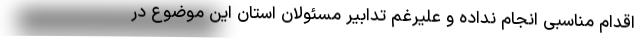
اقدام مناسبی انجام نداده و علیرغم تدابیر مسئولان استان این موضوع در